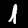
Digit: 1